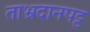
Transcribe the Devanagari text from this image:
ताभ्रदानपट्ट